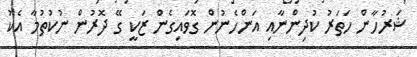
ޝަރުހާން ހަތަރު ކުދިންނާއި އަންހެނުން ގޮވައިގެން ޒަކީ ގޭ ދޮރުން ނުކުތުމާ އެކު